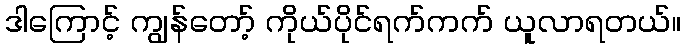
ဒါကြောင့် ကျွန်တော့် ကိုယ်ပိုင်ရက်ကက် ယူလာရတယ်။